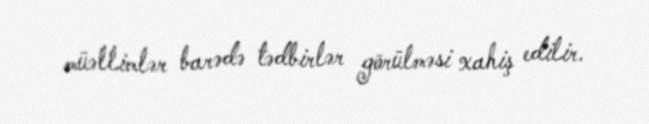
müəllimlər barədə tədbirlər görülməsi xahiş edilir.